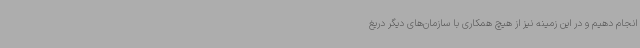
انجام دهیم و در این زمینه نیز از هیچ همکاری با سازمان‌های دیگر دریغ